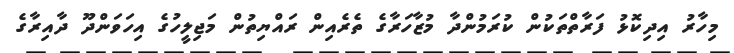
މިހާރު އިދިކޮޅު ފަރާތްތަކުން ކުރަމުންދާ މުޒާހަރާގެ ތެރެއިން ރައްޔިތުން މަޖިލީހުގެ އިހަވަންދޫ ދާއިރާގެ